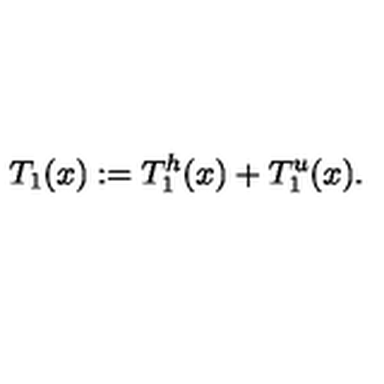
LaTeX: T _ { 1 } ( x ) : = T _ { 1 } ^ { h } ( x ) + T _ { 1 } ^ { u } ( x ) .